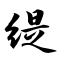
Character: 缇